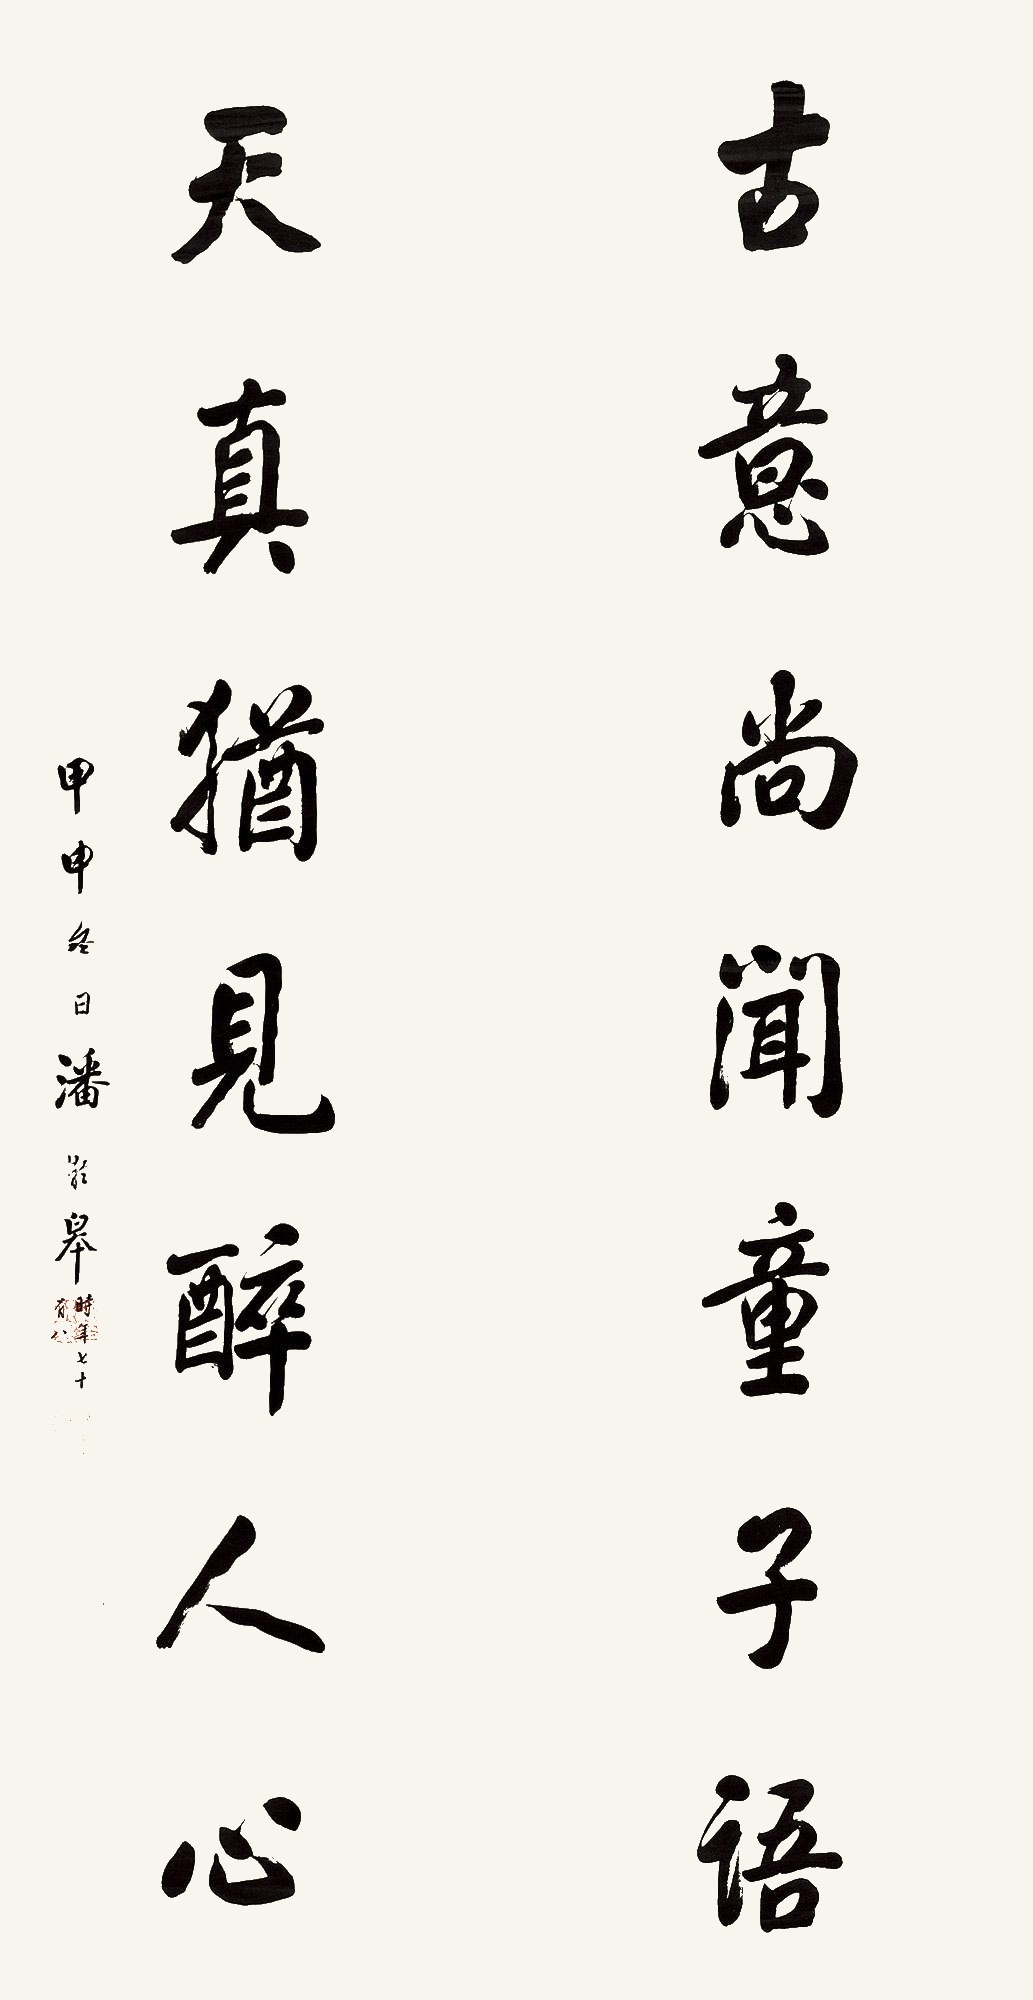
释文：古意尚闻童子语，天真揂见醉人心。甲申冬日，潘龄皋时年七十有八。